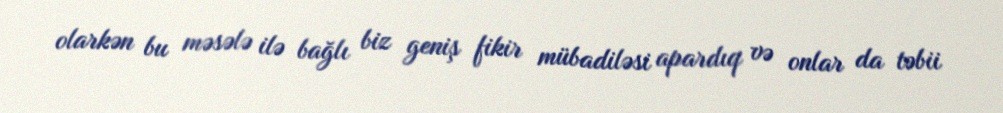
olarkən bu məsələ ilə bağlı biz geniş fikir mübadiləsi apardıq və onlar da təbii